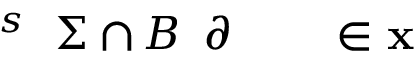
\! \! \! \! \! \! \! \! \! \! \! \mathbf { x } \! \! \! \! \! \! \! \! \! \! \! \! \in \! \! \! \! \! \! \! \! \! \! \! \! \! \! \! \! \! \! \! \! \! \! \! \! \partial \! \! \! \! \! \! \! \! \! \! \! \! B \! \! \! \! \! \! \! \! \! \! \! \! \cap \! \! \! \! \! \! \! \! \! \! \! \! \Sigma \! \! \! \! \! \! \! \! \! \! \! \! ^ { s } \! \! \! \! \! \! \! \! \! \! \!